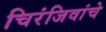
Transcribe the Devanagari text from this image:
चिरंजिवांचे